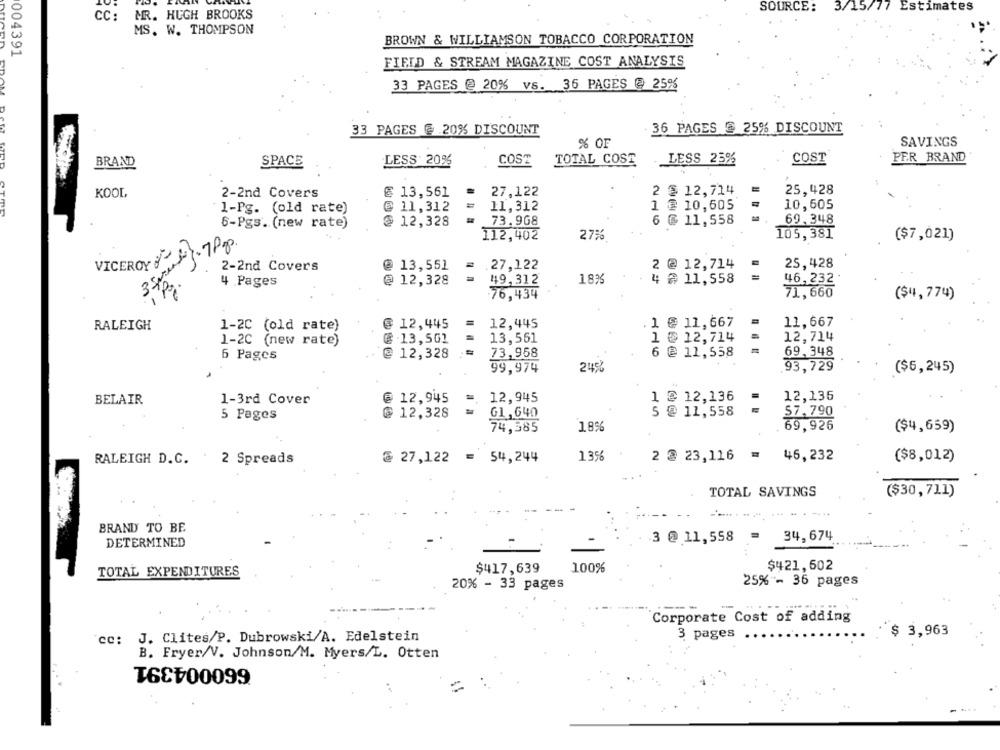
SOURCE: 3/15/77 Estimates
MR. HUGH BROOKS
CC:
MS. W. THOMPSON
BROWN & WILLIAMSON TOBACCO CORPORATION
004391
FIFID & STREAM MAGAZINE COST ANALYSIS
33 PAGES @ 20% vs. 36 PAGES @ 25%
33 PAGES @ 20% DISCOUNT
36 PAGES @ 25% DISCOUNT
SAVINGS
% OF
PER BRAND
BRAND
SPACE
LESS 20%
COST
TOTAL COST
LESS 23%
COST
=
KOOL
2-2nd Covers
€ 13,561
27,122
2 € 12,714
25,428
1-Pg. (old rate)
@ 11,312
11,312
1 @ 10,605
10,605
6-Pgs. (new rate)
@ 12,328
73.968
6 € 11,558
69,348
cod
112,402
27%
105,381
($7,021)
VICEROY
25,428
2-2nd Covers
@ 13,551
.27,122
2 @ 12,714
4 Pages
@ 12,328
49,312
18%
4 ₴ 11,558
46,232
76,434
71,660
($4,774)
1 € 11,667
11,667
RALEIGH
1-2C (old rate)
@ 12,445
12,445
1 @ 12,714
12,714
1-2C (new rate)
@ 13,561
13,561
=
73,958
6 @ 11,558
69.348
6 Pages
@ 12,328
99,974
247
93,729
($6,245)
12,945
1 @ 12,136
12,136
BELAIR
1-3rd Cover
@ 12,945
=
5 @ 11,558
57.790
5 Pages
@ 12,328
G1,640
18%
69,926
74,385
($4,659)
= 54,244
13%
2 @ 23,116
= 46,232
RALEIGH D.C. 2 Spreads
@ 27,122
($8,012)
TOTAL SAVINGS
($30,711)
----------
BRAND TO BE
3 @ 11,558 =
34, 674
DETERMINED
$417,639
100%
$421,602
TOTAL EXPENDITURES
20% - 33 pages
25% - 36 pages
Corporate Cost of adding
$ 3,963
cc: J. Clites/P. Dubrowski/A. Edelstein
3 pages
B. Fryer/V. Johnson/M. Myers/L. Otten
660004391